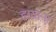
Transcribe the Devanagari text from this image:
डायाना